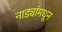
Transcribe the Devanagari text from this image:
नाड्यांमधून